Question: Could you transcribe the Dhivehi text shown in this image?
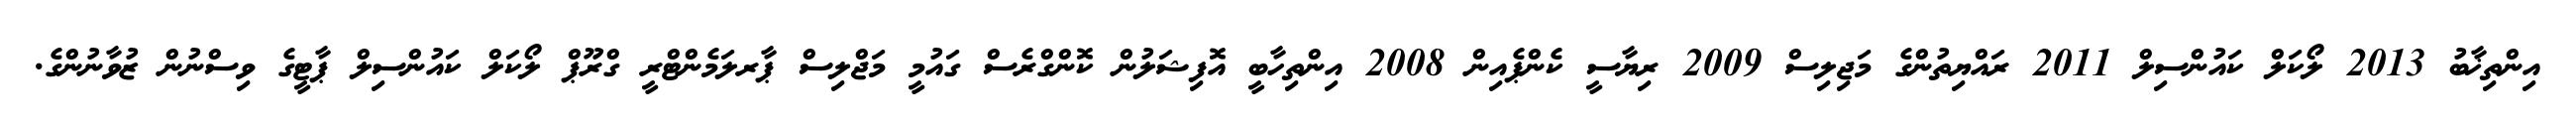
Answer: އިންތިޚާބު 2013 ލޯކަލް ކައުންސިލް 2011 ރައްޔިތުންގެ މަޖިލިސް 2009 ރިޔާސީ ކެންޕެއިން 2008 އިންތިހާބީ އޮފިޝަލުން ކޮންގްރެސް ގައުމީ މަޖްލިސް ޕާރލަމެންޓްރީ ގްރޫޕް ލޯކަލް ކައުންސިލް ޕާޓީގެ ވިސްނުން ޒުވާނުންގެ.